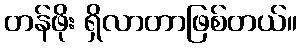
တန်ဖိုး ရှိလာတာဖြစ်တယ်။